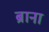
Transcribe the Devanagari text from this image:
ब्राना